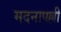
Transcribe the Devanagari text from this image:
मदनापल्ली